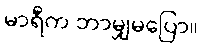
မာရီက ဘာမျှမပြော။